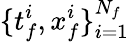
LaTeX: \{ t_{f}^{i},x_{f}^{i}\} _{i=1}^{N_{f}}